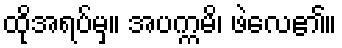
ထိုအရပ်မှ။ အပက္ကမိ၊ ဖဲလေ၏။